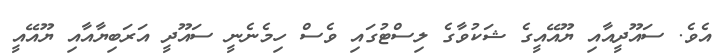
އެވެ. ސައޫދީއާއި ޔޫއޭއީގެ ޝަކުވާގެ ލިސްޓުގައި ވެސް ހިމެނެނީ ސައޫދީ އަރަބިޔާއާއި ޔޫއޭއީ